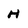
Character: H